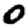
Digit: 0